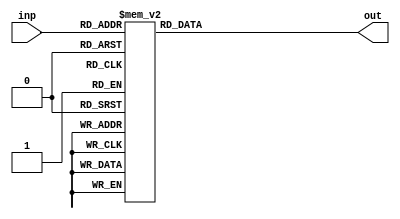
// ECE6370
//Seven Segment Decoder modeule
//Module to convert four bit numbers to seven segment display inputs
// Trial #1, 1/31/19

module SevenSegmentDec(inp, out);

	input [3:0] inp;
	output [6:0] out;
	reg [6:0] out;

	always @ (inp)
		begin
			case(inp)
				4'b0000: begin out = 7'b1000000; end
				4'b0001: begin out = 7'b1111001; end
				4'b0010: begin out = 7'b0100100; end
				4'b0011: begin out = 7'b0110000; end
				4'b0100: begin out = 7'b0011001; end
				4'b0101: begin out = 7'b0010010; end
				4'b0110: begin out = 7'b0000010; end
				4'b0111: begin out = 7'b1111000; end
				4'b1000: begin out = 7'b0000000; end
				4'b1001: begin out = 7'b0011000; end
				4'b1010: begin out = 7'b0001000; end
				4'b1011: begin out = 7'b0000011; end
				4'b1100: begin out = 7'b1000110; end
				4'b1101: begin out = 7'b0100001; end
				4'b1110: begin out = 7'b0000110; end
				4'b1111: begin out = 7'b0001110; end
				default: begin out = 7'b1111111; end 
			endcase
		end
endmodule